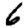
Digit: 6